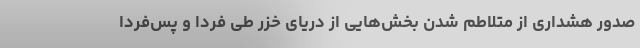
صدور هشداری از متلاطم شدن بخش‌هایی از دریای خزر طی فردا و پس‌فردا